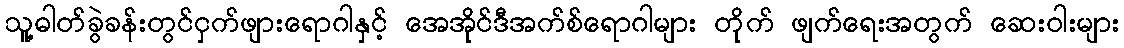
သူ့ဓါတ်ခွဲခန်းတွင်ငှက်ဖျားရောဂါနှင့် အေအိုင်ဒီအက်စ်ရောဂါများ တိုက် ဖျက်ရေးအတွက် ဆေးဝါးများ